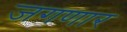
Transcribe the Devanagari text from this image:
जगणार